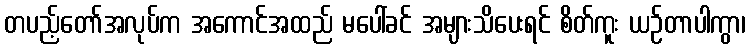
တပည့်တော်အလုပ်က အကောင်အထည် မပေါ်ခင် အများသိပေးရင် စိတ်ကူး ယဉ်တာပါကွာ၊